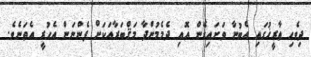
ދިވެހި ތާރީޚުގައި އެބުނާ ވަށައިގެން އޮއި ދެމެމުންދާ މަޤްބަރާއަކަށް ފެންނަން އެހުރީ އެތަނެވެ.